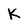
Character: K